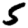
Digit: 5